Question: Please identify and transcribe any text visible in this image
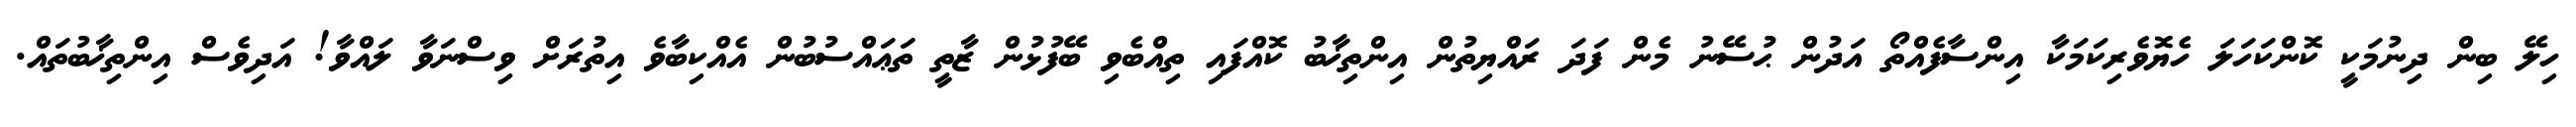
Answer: ހިލޭ ބިން ދިނުމަކީ ކޮންކަހަލަ ހެޔޮވެރިކަމަކާ އިންސާފެއްތޯ އަދުން ޙުސޭނު މެން ފަދަ ރައްޔިތުން އިންތިޚާބު ކޮއްފައި ތިއްބެވި ބޭފުޅުން ޒާތީ ތަޢައްސުބުން އެއްކިބާވެ އިތުރަށް ވިސްނަވާ ލައްވާ! އަދިވެސް އިންތިޚާބުތައް.